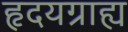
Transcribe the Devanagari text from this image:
हृदयग्राह्य